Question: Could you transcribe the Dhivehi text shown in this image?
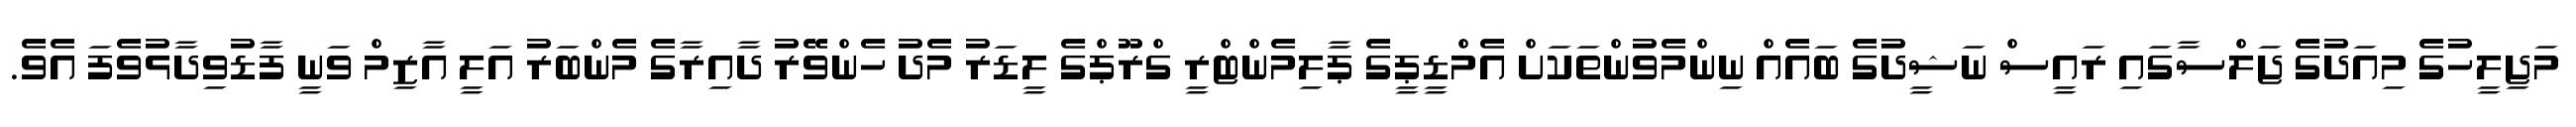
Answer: މަޖިލީހުގެ މިއަދުގެ ޖަލްސާގައި ރައީސް ނަޝީދުގެ ބައެއް ނިންމެވުންތަކަށް އެމްޑީޕީގެ ޕާލިމެންޓްރީ ގްރޫޕްގެ ލީޑަރު މެދު ހެންވޭރު ދާއިރާގެ މެންބަރު އަލީ އާޒިމް ވަނީ ފާޑުވިދާޅުވެފަ އެވެ.